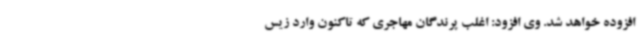
افزوده خواهد شد. وی افزود: اغلب پرندگان مهاجری که تاکنون وارد زیس